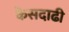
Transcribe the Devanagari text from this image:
केसदाढी